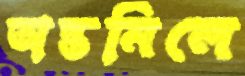
অন্তমিলে